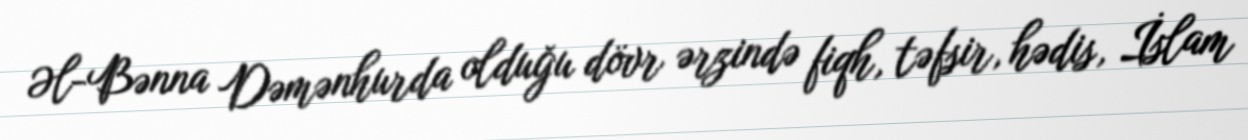
Əl-Bənna Dəmənhurda olduğu dövr ərzində fiqh, təfsir, hədis, İslam